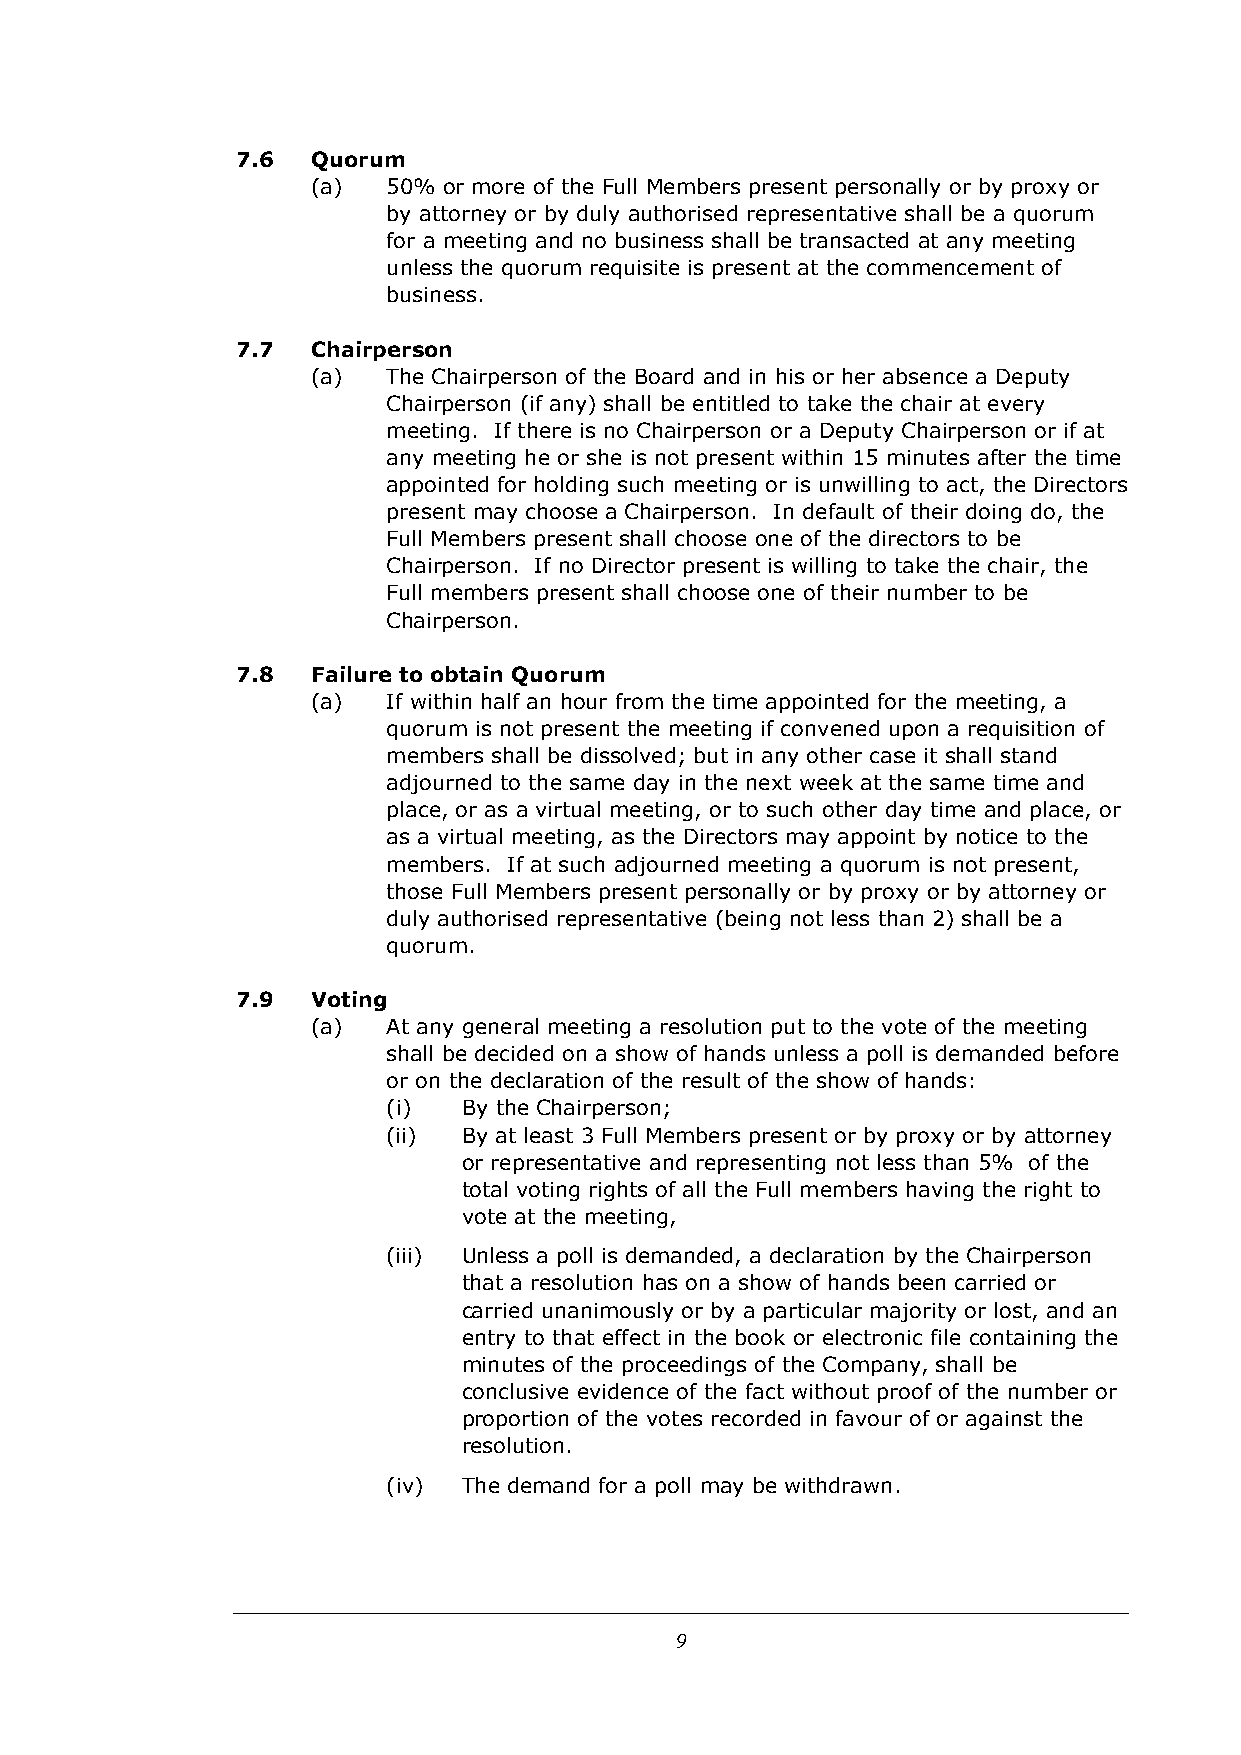
7.6  Quorum
 (a)  50% or more of the Full Members present personally or by proxy or
 by attorney or by duly authorised representative shall be a quorum
 for a meeting and no business shall be transacted at any meeting
 unless the quorum requisite is present at the commencement of
 business.
 7.7  Chairperson
 (a)  The Chairperson of the Board and in his or her absence a Deputy
 Chairperson (if any) shall be entitled to take the chair at every
 meeting. If there is no Chairperson or a Deputy Chairperson or if at
 any meeting he or she is not present within 15 minutes after the time
 appointed for holding such meeting or is unwilling to act, the Directors
 present may choose a Chairperson. In default of their doing do, the
 Full Members present shall choose one of the directors to be
 Chairperson. If no Director present is willing to take the chair, the
 Full members present shall choose one of their number to be
 Chairperson.
 7.8  Failure to obtain Quorum
 (a)  If within half an hour from the time appointed for the meeting, a
 quorum is not present the meeting if convened upon a requisition of
 members shall be dissolved; but in any other case it shall stand
 adjourned to the same day in the next week at the same time and
 place, or as a virtual meeting, or to such other day time and place, or
 as a virtual meeting, as the Directors may appoint by notice to the
 members. If at such adjourned meeting a quorum is not present,
 those Full Members present personally or by proxy or by attorney or
 duly authorised representative (being not less than 2) shall be a
 quorum.
 7.9  Voting
 (a)  At any general meeting a resolution put to the vote of the meeting
 shall be decided on a show of hands unless a poll is demanded before
 or on the declaration of the result of the show of hands:
 (i)  By the Chairperson;
 (ii) By at least 3 Full Members present or by proxy or by attorney
 or representative and representing not less than 5% of the
 total voting rights of all the Full members having the right to
 vote at the meeting,
 (iii) Unless a poll is demanded, a declaration by the Chairperson
 that a resolution has on a show of hands been carried or
 carried unanimously or by a particular majority or lost, and an
 entry to that effect in the book or electronic file containing the
 minutes of the proceedings of the Company, shall be
 conclusive evidence of the fact without proof of the number or
 proportion of the votes recorded in favour of or against the
 resolution.
 (iv) The demand for a poll may be withdrawn.
 9